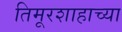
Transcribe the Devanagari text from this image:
तिमूरशाहाच्या